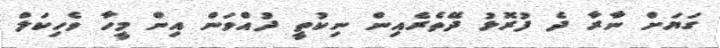
ގަޔަށް ނާރާ ދެ ފުރޮޅު ދޭތެރެއިން ނިކުތީ ދުއްވަން އިން މީހާ ވެހިކަލް